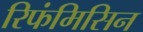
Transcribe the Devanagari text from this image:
रिफंमिसिन